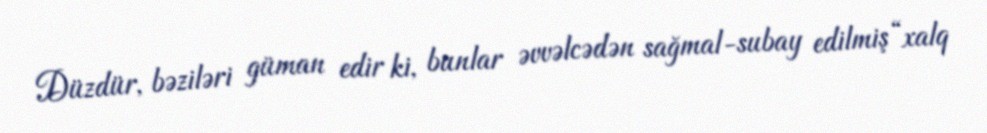
Düzdür, bəziləri güman edir ki, bunlar əvvəlcədən sağmal-subay edilmiş “xalq